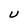
Character: U